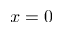
x = 0